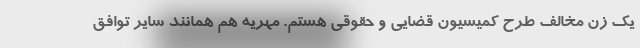
یک زن مخالف طرح کمیسیون قضایی و حقوقی هستم. مهریه هم همانند سایر توافق